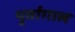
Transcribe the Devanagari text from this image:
पुर्तागाल